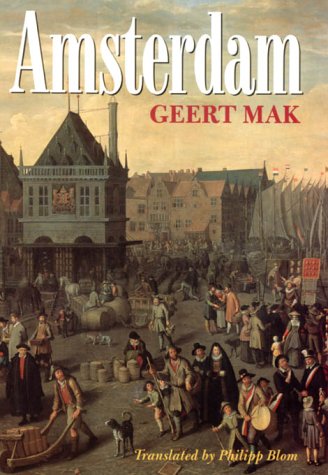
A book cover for Amsterdam; Geert Mak; History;